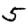
Digit: 5